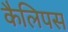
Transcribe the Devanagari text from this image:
कैलिपस